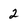
Character: 2